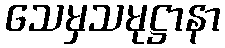
သေမှသမုဋ္ဌာနာ